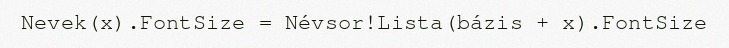
Nevek(x).FontSize = Névsor!Lista(bázis + x).FontSize